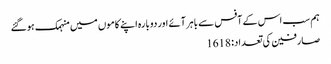
ہم سب اس کے آفس سے باہر آئے اور دوبارہ اپنے کاموں میں منہمک ہوگئے
صارفین کی تعداد: 1618